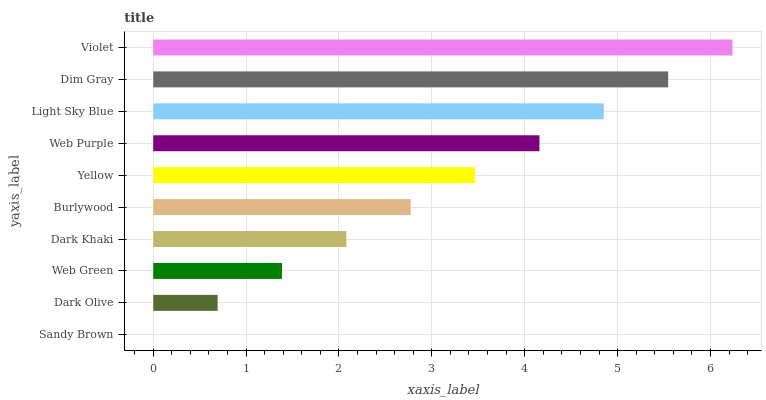
| yaxis_label | bars |
 | --- | --- |
 | Sandy Brown | 0 |
 | Dark Olive | 0.693 |
 | Web Green | 1.39 |
 | Dark Khaki | 2.08 |
 | Burlywood | 2.77 |
 | Yellow | 3.47 |
 | Web Purple | 4.16 |
 | Light Sky Blue | 4.85 |
 | Dim Gray | 5.54 |
 | Violet | 6.24 |